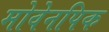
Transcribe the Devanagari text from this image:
मोवेनपिक